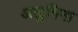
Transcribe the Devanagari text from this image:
अलुमिना